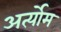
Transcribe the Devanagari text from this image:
अर्त्योम